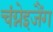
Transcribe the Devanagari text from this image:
चंग्नेइजैंग